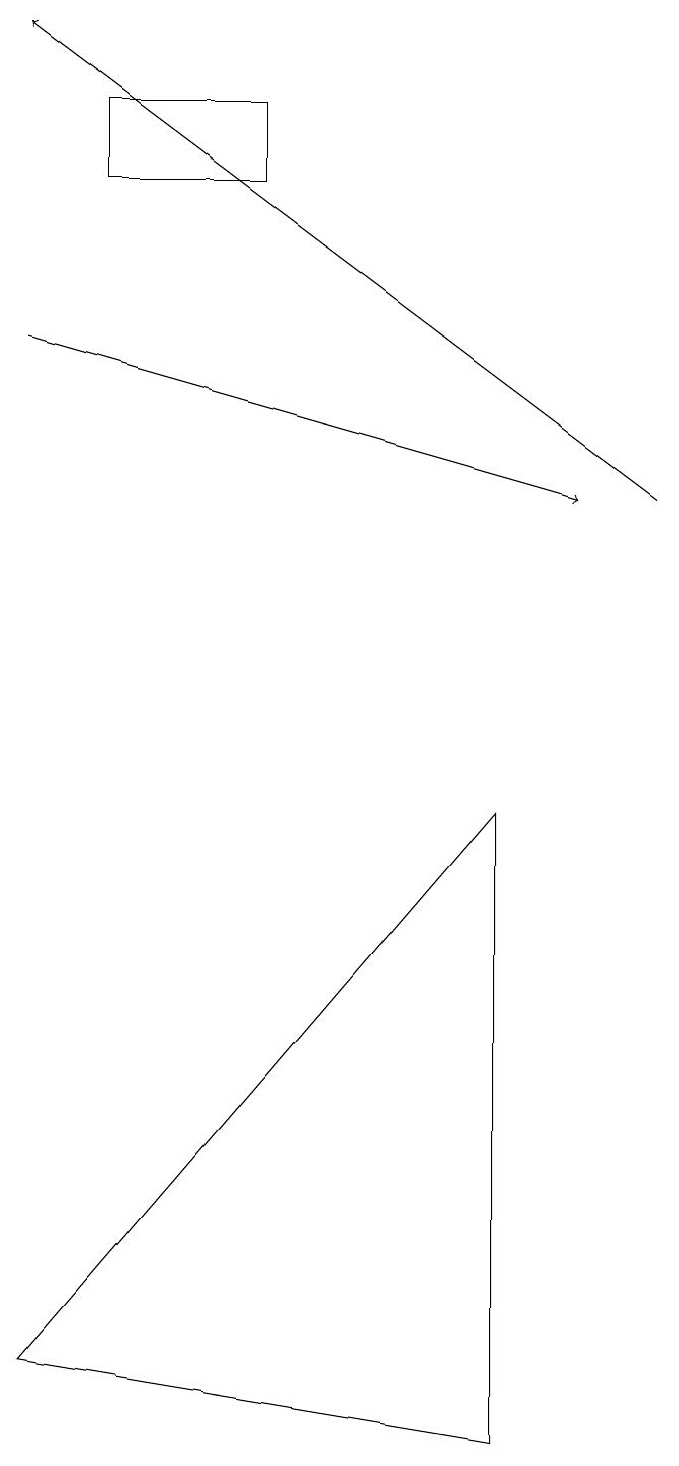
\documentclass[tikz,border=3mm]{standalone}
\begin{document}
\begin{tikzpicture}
\draw[->] (0,14) -- (7,12);
\draw (6,0) -- (0,1) -- (6,8) -- cycle;
\draw (1,16) rectangle (3,17);
\draw[->] (8,12) -- (0,18);
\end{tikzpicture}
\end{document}